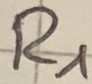
Text: R1